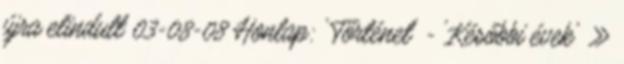
újra elindult 03-08-08 Honlap: 'Történet' - 'Későbbi évek' »